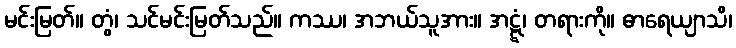
မင်းမြတ်။ တွံ၊ သင်မင်းမြတ်သည်။ ကဿ၊ အဘယ်သူအား။ အဋ္ဋံ၊ တရားကို။ ဓာရေယျာသိ၊